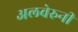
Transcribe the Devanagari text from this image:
अलवेरुनी